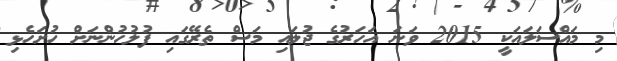
މި މައްސަލައަކީ 2015 ވަނަ އަހަރުގެ ޖުލައި މަސް ތެރޭގައި ފުލުހުންނަށް ހުށަހެޅި